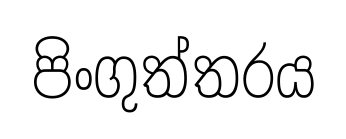
පිංගුත්තරය